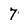
Character: 7